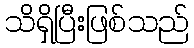
သိရှိပြီးဖြစ်သည်